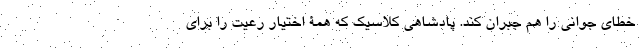
خطای جوانی را هم جبران کند. پادشاهی کلاسیک که همۀ اختیار رعیت را برای